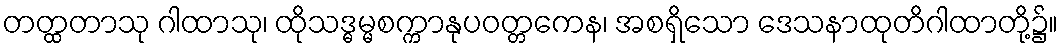
တတ္ထတာသု ဂါထာသု၊ ထိုသဒ္ဓမ္မစက္ကာနုပဝတ္တကေန၊ အစရှိသော ဒေသနာထုတိဂါထာတို့၌။